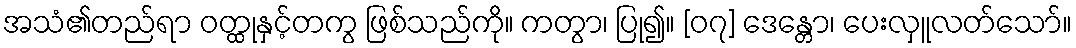
အသံ၏တည်ရာ ဝတ္ထုနှင့်တကွ ဖြစ်သည်ကို။ ကတွာ၊ ပြု၍။ [၀၇] ဒေန္တော၊ ပေးလှူလတ်သော်။